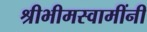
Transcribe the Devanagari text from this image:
श्रीभीमस्वामींनी